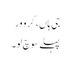
جی ہاں، گرو ور
پہلے سوچ لو۔